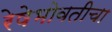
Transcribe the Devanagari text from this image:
रेषेभोवतीचा